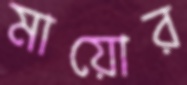
মায়োর